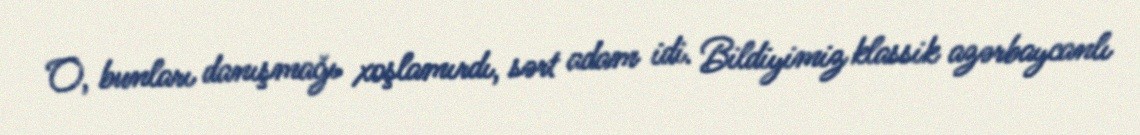
O, bunları danışmağı xoşlamırdı, sərt adam idi. Bildiyimiz klassik azərbaycanlı